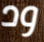
ود